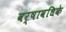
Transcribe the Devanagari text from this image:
वर्षावधिके